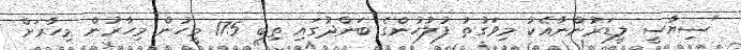
"ސިޔާސީ ލީޑަރުންނާއެކު މިވަގުތު ފުލުހުންގެ ބަންދުގައި ތިބި 175 މީހުން މިހާރުން މިހާރަށް